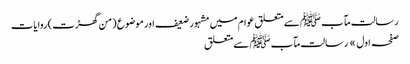
رسالت مآب ﷺ سے متعلق عوام میں مشہور ضعیف اور موضوع (من گھڑت) روایات
صفحہ اول » رسالت مآب ﷺ سے متعلق